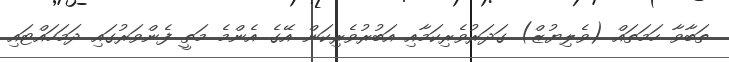
ތަބާވާ ހަމަތައް (ވެލިޔުޒް) ގަދަރުވެރިކަމާއި އަބުރުވެރިކަން އޭގެ އެންމެ މަތީ ފެންވަރުގައި ދަމަހައްޓައި